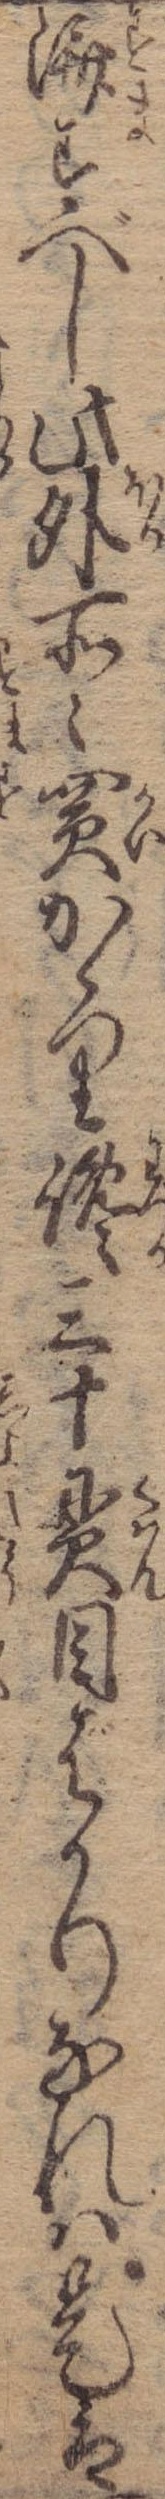
済すべし此外所々買かゝり纔三十貫目ばかりなれは是は